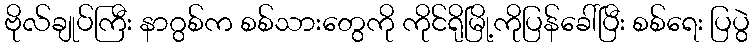
ဗိုလ်ချုပ်ကြီး နာဂွစ်က စစ်သားတွေကို ကိုင်ရိုမြို့ကိုပြန်ခေါ်ပြီး စစ်ရေး ပြပွဲ